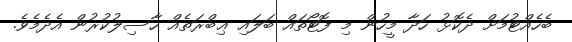
ބެހެއްޓުމަށް ދެކޮޅު ހަދާ މީހުން މި ފޮޓޯތައް ބަލައި ޢިބްރަތެއް ހާސިލުކުރުން އެދެމެވެ.